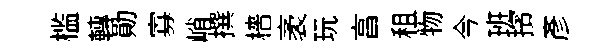
槛轉勛寡峭撰檣袤玩亯租物今班擯彦